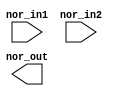
// SPDX-License-Identifier: Apache-2.0
// Copyright (C) 2019 Intel Corporation. 
//-----------------------------------------------------------------------------
//  Clock OR macro
//-----------------------------------------------------------------------------

module altr_hps_cknor (
    input  wire              nor_in1,     // or input 1
    input  wire              nor_in2,     // or input 2
    output  wire             nor_out      // or output
);

// -------------------
// Port declarations
// -------------------

// -----
// RTL
// -----

`ifdef ALTR_HPS_INTEL_MACROS_OFF
assign nor_out = ~(nor_in1 | nor_in2);

`else


`endif

endmodule